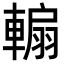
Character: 䡪